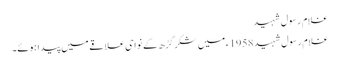
غلام رسول شہید
غلام رسول شہید 1958ء میں شکر گڑھ کے نواحی علاقے میں پیدا ہوئے۔